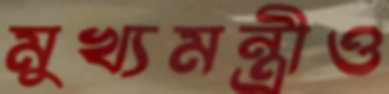
মুখ্যমন্ত্রীও